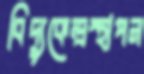
বিদ্যুকেন্দ্রস্থাপন